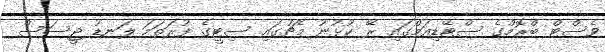
ވެސްޓް ބްރޮމްގެ ސްޓޭޑިއަމްގައި ރޭ ކުޅުނު މެޗުގައި ސިޓީގެ ފުރަތަމަ ލަނޑު ޖީސަސް